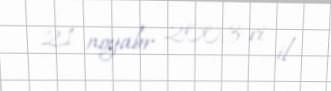
21 noyabr 2003-ci il